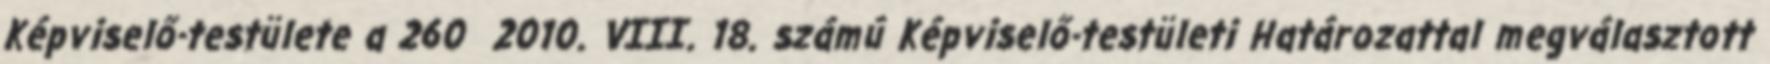
Képviselő-testülete a 260 2010. VIII. 18. számú Képviselő-testületi Határozattal megválasztott